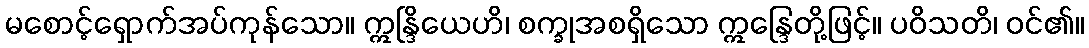
မစောင့်ရှောက်အပ်ကုန်သော။ ဣန္ဒြိယေဟိ၊ စက္ခုအစရှိသော ဣန္ဒြေတို့ဖြင့်။ ပဝိသတိ၊ ဝင်၏။